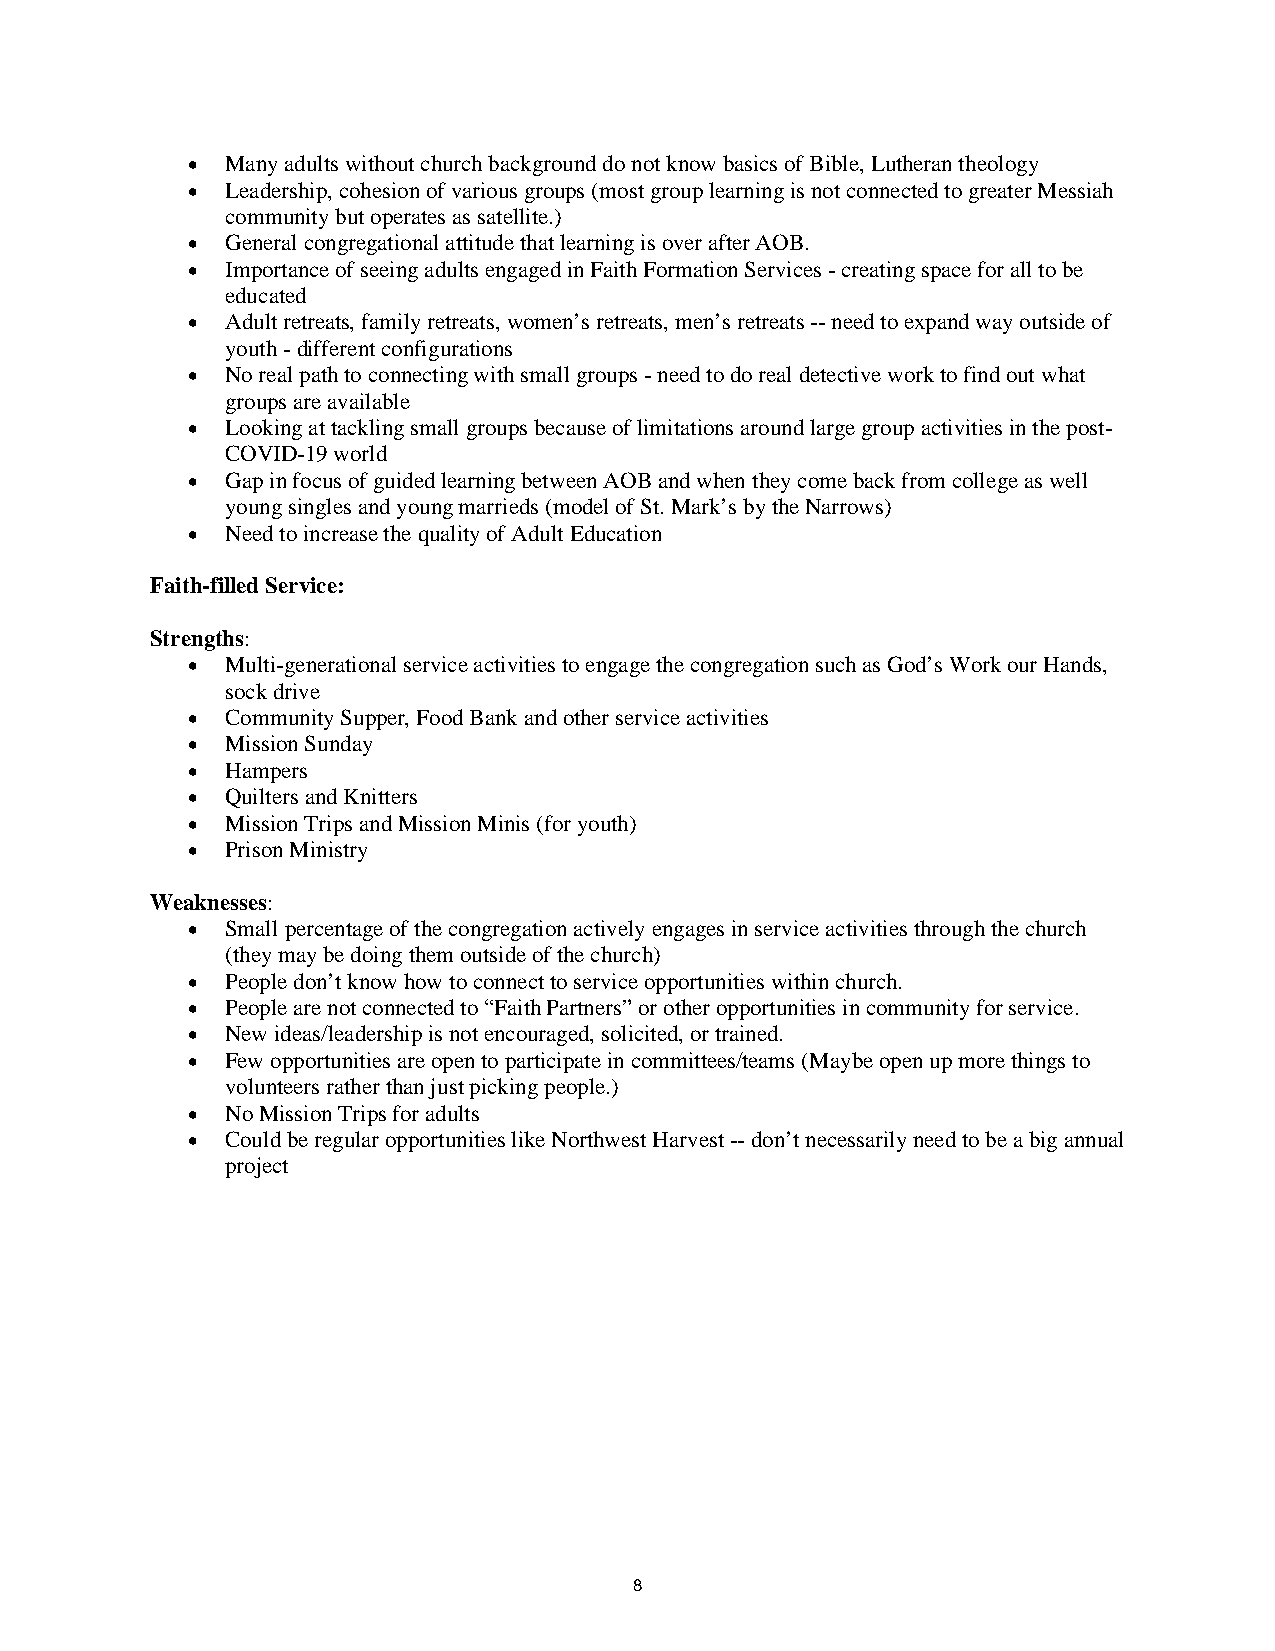
•  Many adults without church background do not know basics of Bible, Lutheran theology
 •  Leadership, cohesion of various groups (most group learning is not connected to greater Messiah
 community but operates as satellite.)
 •  General congregational attitude that learning is over after AOB.
 •  Importance of seeing adults engaged in Faith Formation Services - creating space for all to be
 educated
 •  Adult retreats, family retreats, women’s retreats, men’s retreats -- need to expand way outside of
 youth - different configurations
 •  No real path to connecting with small groups - need to do real detective work to find out what
 groups are available
 •  Looking at tackling small groups because of limitations around large group activities in the post-
 COVID-19 world
 •  Gap in focus of guided learning between AOB and when they come back from college as well
 young singles and young marrieds (model of St. Mark’s by the Narrows)
 •  Need to increase the quality of Adult Education
 Faith-filled Service:
 Strengths:
 •  Multi-generational service activities to engage the congregation such as God’s Work our Hands,
 sock drive
 •  Community Supper, Food Bank and other service activities
 •  Mission Sunday
 •  Hampers
 •  Quilters and Knitters
 •  Mission Trips and Mission Minis (for youth)
 •  Prison Ministry
 Weaknesses:
 •  Small percentage of the congregation actively engages in service activities through the church
 (they may be doing them outside of the church)
 •  People don’t know how to connect to service opportunities within church.
 •  People are not connected to “Faith Partners” or other opportunities in community for service.
 •  New ideas/leadership is not encouraged, solicited, or trained.
 •  Few opportunities are open to participate in committees/teams (Maybe open up more things to
 volunteers rather than just picking people.)
 •  No Mission Trips for adults
 •  Could be regular opportunities like Northwest Harvest -- don’t necessarily need to be a big annual
 project
 8